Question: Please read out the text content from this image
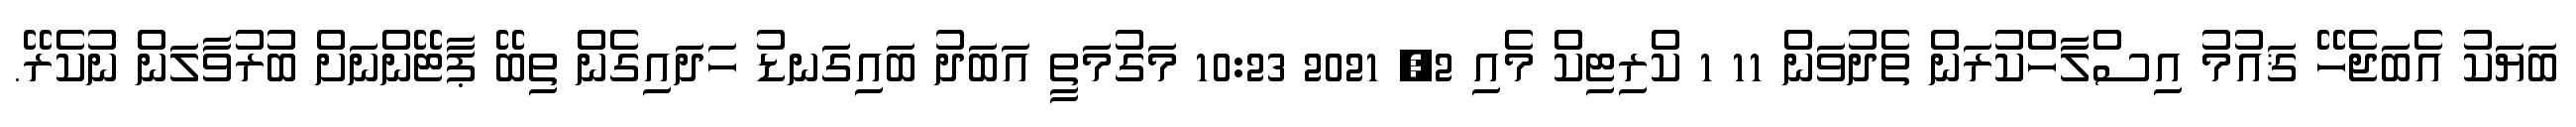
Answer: ބަޔަކު އެބަޖެހޭ ޤައުމު އިސްލާހްކުރަން ތެދުވަން 11 1 ކްރިޓިކް މެއި 2, 2021 10:23 މަގުމަތީ އަބަދު ބައިގަނޑު ހަދައިގެން ތިބޭ ޕާޓޭންނަށް ބުރުވާލަން ނުކެރޭ.